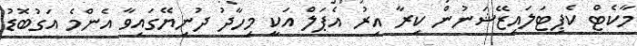
މާކެޓް ކެޕިޓަލައިޒޭޝަނުން ކިރާ އިރު އެޕަލް އަކީ މިހާދު ދުނިޔޭގައިވާ އެންމެ އަގުބޮޑު